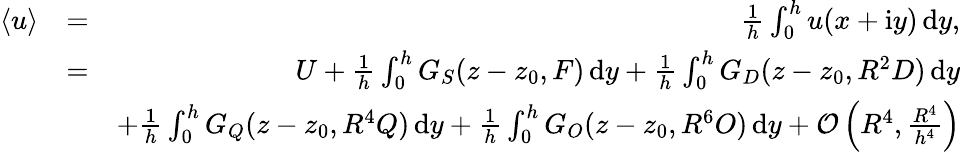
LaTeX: \begin{array}{rlr}{\langle u\rangle}&{=}&{\frac{1}{h}\int_{0}^{h}u(x+\mathrm{i}y)\, \mathrm{d}y,}\\ &{=}&{U+\frac{1}{h}\int_{0}^{h}G_{S}(z-z_{0},F)\, \mathrm{d}y+\frac{1}{h}\int_{0}^{h}G_{D}(z-z_{0},R^{2}D)\, \mathrm{d}y}\\ &{}&{+\frac{1}{h}\int_{0}^{h}G_{Q}(z-z_{0},R^{4}Q)\, \mathrm{d}y+\frac{1}{h}\int_{0}^{h}G_{O}(z-z_{0},R^{6}O)\, \mathrm{d}y+\mathcal{O}\left(R^{4},\frac{R^{4}}{h^{4}}\right)}\end{array}